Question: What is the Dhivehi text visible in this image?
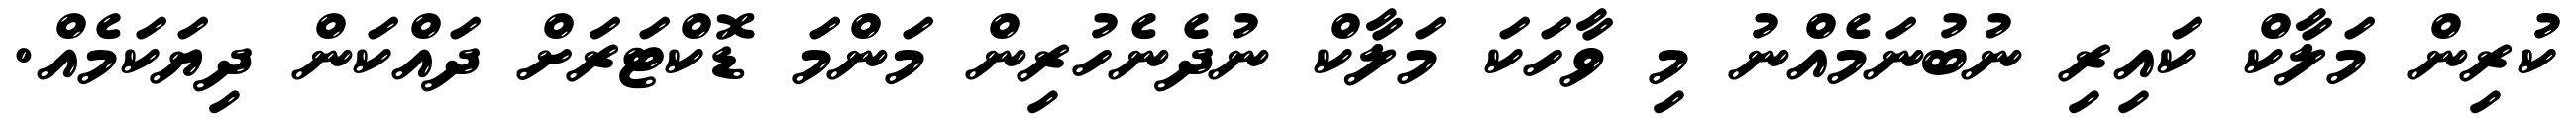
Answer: ކުރިން މަލާކް ކައިރި ނުބުނަމެއްނު މި ވާހަކަ މަލާކް ނުދެނެހުރިން މަންމަ ޑޮކްޓަރަށް ދައްކަން ދިޔަކަމެއް.